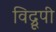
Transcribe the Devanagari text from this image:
विद्रूपी